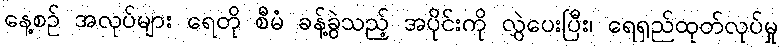
နေ့စဉ် အလုပ်များ ရေတို စီမံ ခန့်ခွဲသည့် အပိုင်းကို လွှဲပေးပြီး၊ ရေရှည်ထုတ်လုပ်မှု